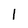
Character: 1